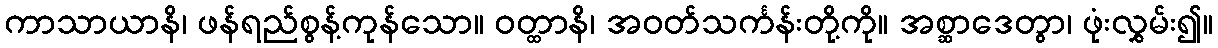
ကာသာယာနိ၊ ဖန်ရည်စွန့်ကုန်သော။ ဝတ္ထာနိ၊ အဝတ်သင်္ကန်းတို့ကို။ အစ္ဆာဒေတွာ၊ ဖုံးလွှမ်း၍။